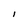
Character: l